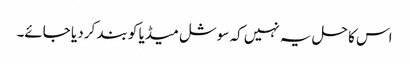
اس کا حل یہ نہیں کہ سوشل میڈیا کو بند کر دیا جائے۔